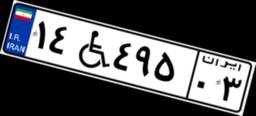
۱۴W۴۹۵۰۳